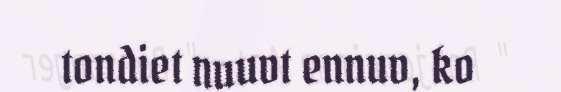
tondiet nuuvt ennuv, ko